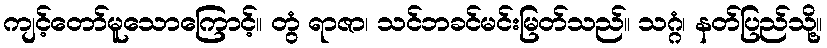
ကျင့်တော်မူသောကြောင့်။ တွံ ရာဇာ၊ သင်ဘခင်မင်းမြတ်သည်။ သဂ္ဂံ၊ နတ်ပြည်သို့။